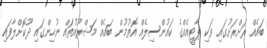
ބައެއް ރަށްރަށުގައި ވަކި ޕާޓީއެއްގެ ކައުންސިލެއް އޮތުމުން ބައެއް މަޝްރޫއުތައް ނުހިންގައި ދޫކޮށްލާފައި